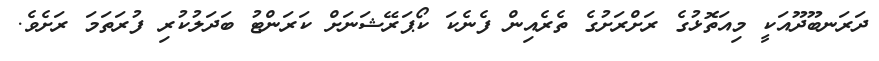
ދަރަނބޫދޫއަކީ މިއަތޮޅުގެ ރަށްރަށުގެ ތެރެއިން ފެނެކަ ކޯޕަރޭޝަނަށް ކަރަންޓު ބަދަލުކުރި ފުރަތަމަ ރަށެވެ.